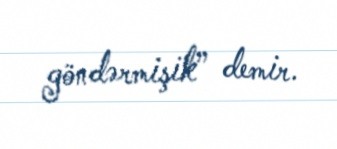
göndərmişik” demir.